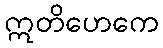
ဣတိဟေကေ